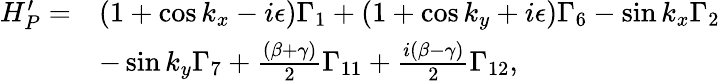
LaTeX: \begin{array}{rl}{H_{P}^{\prime}=}&{(1+\cos k_{x}-i\epsilon)\Gamma_{1}+(1+\cos k_{y}+i\epsilon)\Gamma_{6}-\sin k_{x}\Gamma_{2}}\\ &{-\sin k_{y}\Gamma_{7}+\frac{(\beta+\gamma)}{2}\Gamma_{11}+\frac{i(\beta-\gamma)}{2}\Gamma_{12},}\end{array}